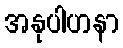
အနုပါဟနာ